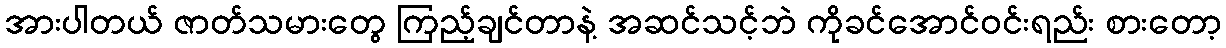
အားပါတယ် ဇာတ်သမားတွေ ကြည့်ချင်တာနဲ့ အဆင်သင့်ဘဲ ကိုခင်အောင်ဝင်းရည်း စားတော့